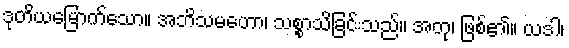
ဒုတိယမြောက်သော။ အဘိသမဟော၊ သစ္စာသိခြင်းသည်။ အတု၊ ဖြစ်၏။ ယဒါ၊